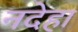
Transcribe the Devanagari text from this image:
नदेहा